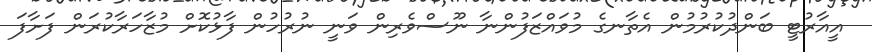
އީއާރުޓީ ބަންދުކުރުމުން އެތާނގެ މުވައްޒަފުންނާ ނޫސްވެރިން ވަނީ ނުރުހުން ފާޅުކޮށް މުޒާހަރާކުރަން ފަށާފަ